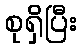
စုရှိပြီး